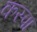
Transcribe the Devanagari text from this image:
कस्पा